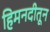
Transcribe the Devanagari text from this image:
हिमनदीतून